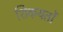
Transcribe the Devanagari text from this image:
शिकयतों